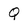
Character: Q